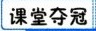
课堂夺冠